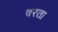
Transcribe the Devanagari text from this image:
वरता